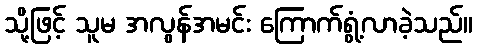
သို့ဖြင့် သူမ အလွန်အမင်း ကြောက်ရွံ့လာခဲ့သည်။